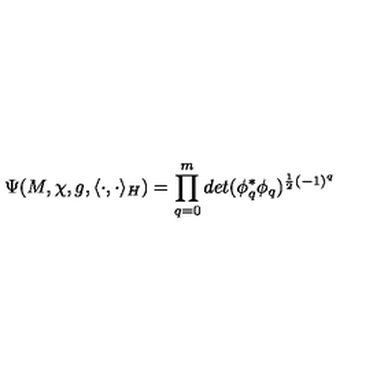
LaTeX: \Psi ( M , \chi , g , \langle \cdot , \cdot \rangle _ { H } ) = \prod _ { q = 0 } ^ { m } d e t ( \phi _ { q } ^ { * } \phi _ { q } ) ^ { \frac { 1 } { 2 } ( - 1 ) ^ { q } }